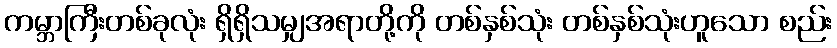
ကမ္ဘာကြီးတစ်ခုလုံး ရှိရှိသမျှအရာတို့ကို တစ်နှစ်သုံး တစ်နှစ်သုံးဟူသော စည်း